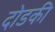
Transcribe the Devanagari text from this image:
दोडकी